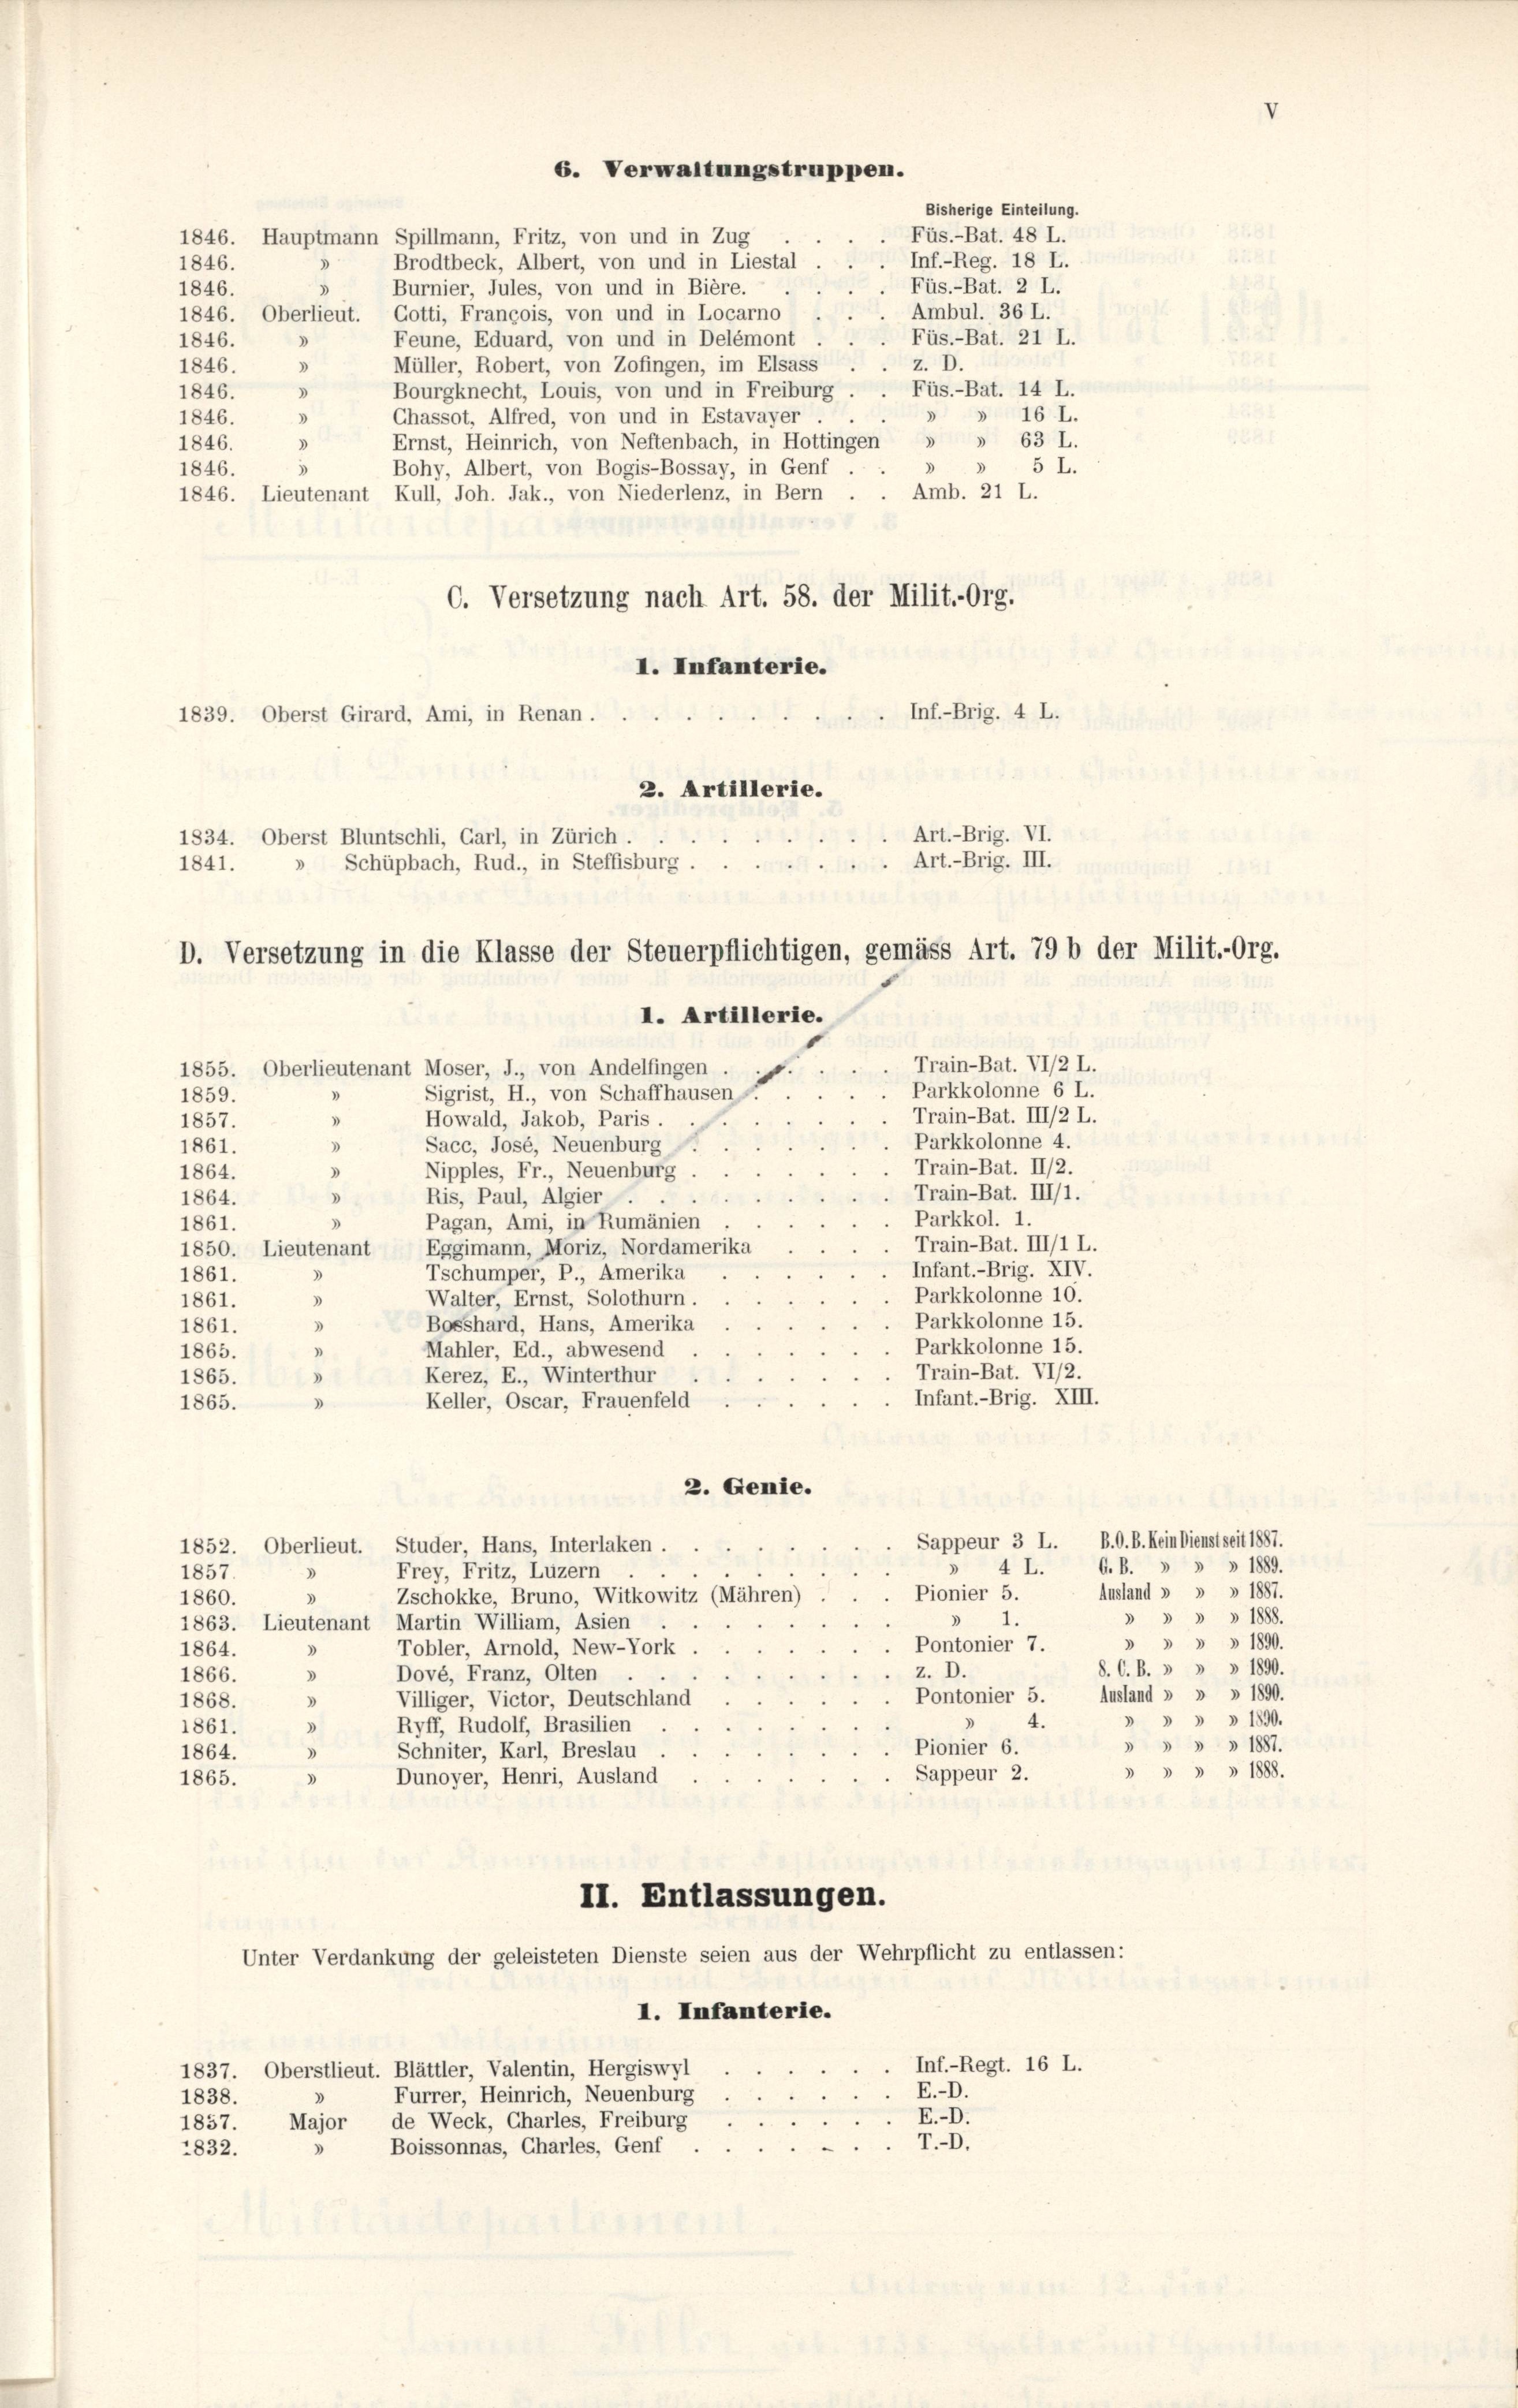
1846. Hauptmann Spillmann, Fritz, von und in Zug
Brodtbeck, Albert, von und in Liestal
1846.
Füs.-Bat. 2 L.
Burnier, Jules, von und in Bière.
3
1846.
Ambul. 36 L.
1846. Oberlieut. Gotti, Francois, von und in Locarno
Füs.-Bat. 21 L.
Feune, Eduard, von und in Delémont
1846.
z. D.
Müller, Robert, von Zofingen, im Elsass
3
1846.
Füs.-Bat. 14 L.
Bourgknecht, Louis, von und in Freiburg.
1846.
» » 16 L.
Chassot, Alfred, von und in Estavayer
1846.
Ernst, Heinrich, von Neftenbach, in Hottingen » » 63 L.
1846.
3
3
» 5 L.
3
Bohy, Albert, von Bogis-Bossay, in Genf.
1846.
Amb. 21 L.
1846. Lieutenant Kull, Joh. Jak., von Niederlenz, in Bern
C. Versetzung nach Art. 58. der Milit.-Org.
I. Infanterie.
Inf.-Brig. 4 L.
1839. Oberst Girard, Ami, in Renan .
Art.-Brig. VI.
Art. - Brig. III.
I. Artillerie.
Train-Bat. VI/2 L.
1855. Oberlieutenant Moser, J., von Andelfingen
Parkkolonne 6 L.
Sigrist, H., von Schaffhausen
1859.
3
Train-Bat. III/2 L.
Howald, Jakob, Paris.
V
1857.
Parkkolonne 4.
Sacc, José, Neuenburg
1861.
3
Train-Bat. II/2.
Nipples, Fr., Neuenburg.
1864.
. Train-Bat. III/1.
Ris, Paul, Algier.
1864.
Parkkol. 1.
Pagan, Ami, in Rumänien
3
1861.
Train-Bat. III/1 L.
1850. Lieutenant Eggimann, Moriz, Nordamerika
Infant.-Brig. XIV.
Tschumper, P., Amerika
1861.
Parkkolonne 10.
Walter, Ernst, Solothurn.
1861.
Parkkolonne 15.
Bosshard, Hans, Amerika
1861.
Parkkolonne 15.
Mahler, Ed., abwesend
1865.
Train-Bat. VI/2.
Kerez, E., Winterthur
1865.
Infant.-Brig. XIII.
Keller, Oscar, Frauenfeld
1865.
2. Genie.
Sappeur 3 L. B. O. B. kein Dienstseit 1887.
1852. Oberlieut. Studer, Hans, Interlaken.
Frey, Fritz, Luzern
1857.
Pionier 5.
Zschokke, Bruno, Witkowitz (Mähren)
1860.
3
1.
1863. Lieutenant Martin William, Asien
Pontonier 7.
Tobler, Arnold, New-York
1864.
z. D.
D
Dové, Franz, Olten
1866.
Pontonier 5.
Villiger, Victor, Deutschland
3
1868.
Ryff, Rudolf, Brasilien
1861.
3
Pionier 6.
Schniter, Karl, Breslau
1864.
Sappeur 2.
Dunoyer, Henri, Ausland
1865.
II. Entlassungen.
Unter Verdankung der geleisteten Dienste seien aus der Wehrpflicht zu entlassen:
I. Infanterie.
Inf.-Regt. 16 L.
1837. Oberstlieut. Blättler, Valentin, Hergiswyl
E.-D.
Furrer, Heinrich, Neuenburg
1838.
E.-D.
1857. Major, de Weck, Charles, Freiburg
r.-O.
Boissonnas, Charles, Genf
1832.

2. Artillerie.
1834. Oberst Bluntschli, Garl, in Zürich.
1841. » Schüpbach, Rud., in Steffisburg .

6. Verwaltungstruppen.
Bisherige Einteilung.

D. Versetzung in die Klasse der Steuerpflichtigen, gemäss Art. 79 b der Milit.-Org.

Füs.-Bat. 48 L.
Inf.-Reg. 18 L.

4 L. G. B. » » » 1889.
Ausland » » » 1887.
» » » 1888.
» » » 1890.
8. C. B. » » » 1890.
Ausland » » » 1890.
» » » 1890.
» » 1887.
» » 1888.